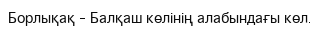
Борлықақ – Балқаш көлінің алабындағы көл.